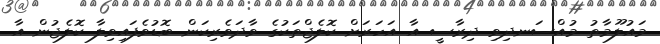
މައުލޫމާތު މުއްސަނދިވި ދިރާސީ އާ އަހަރަށް ކޮލެޖްތަކުގެ ވާދަވެރިކަން ބޮޑުވެފައިވިލާ ކޮލެޖުން އާ